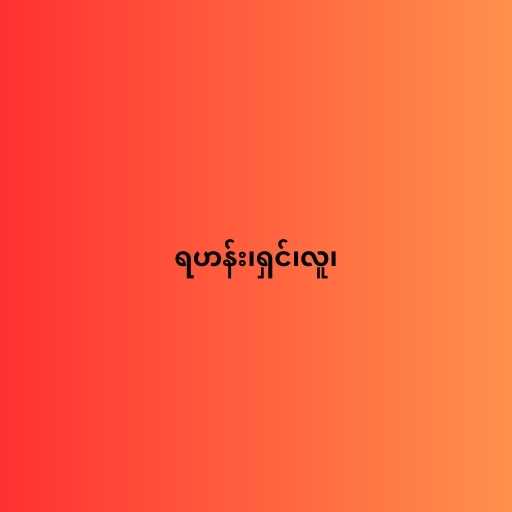
ရဟန်း၊ရှင်၊လူ၊